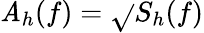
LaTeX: \mathit{A}_{h}(f)=\sqrt{}{{S_{h}(f)}}